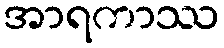
အာရကာဿ